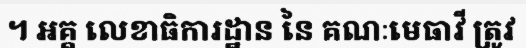
។ អគ្គ លេខាធិការដ្ឋាន នៃ គណៈមេធាវី ត្រូវ